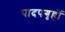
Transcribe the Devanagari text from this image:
पादपगृहों